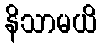
နိသာမယိ